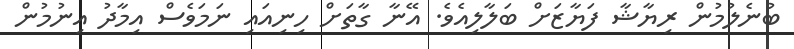
ބުނެލުމުން ރިޔާޝާ ފަޔާޒަށް ބަލާލިއެވެ. އޭނާ ގާތަށް ހިނިއައި ނަމަވެސް އިމާދު އިނުމުން